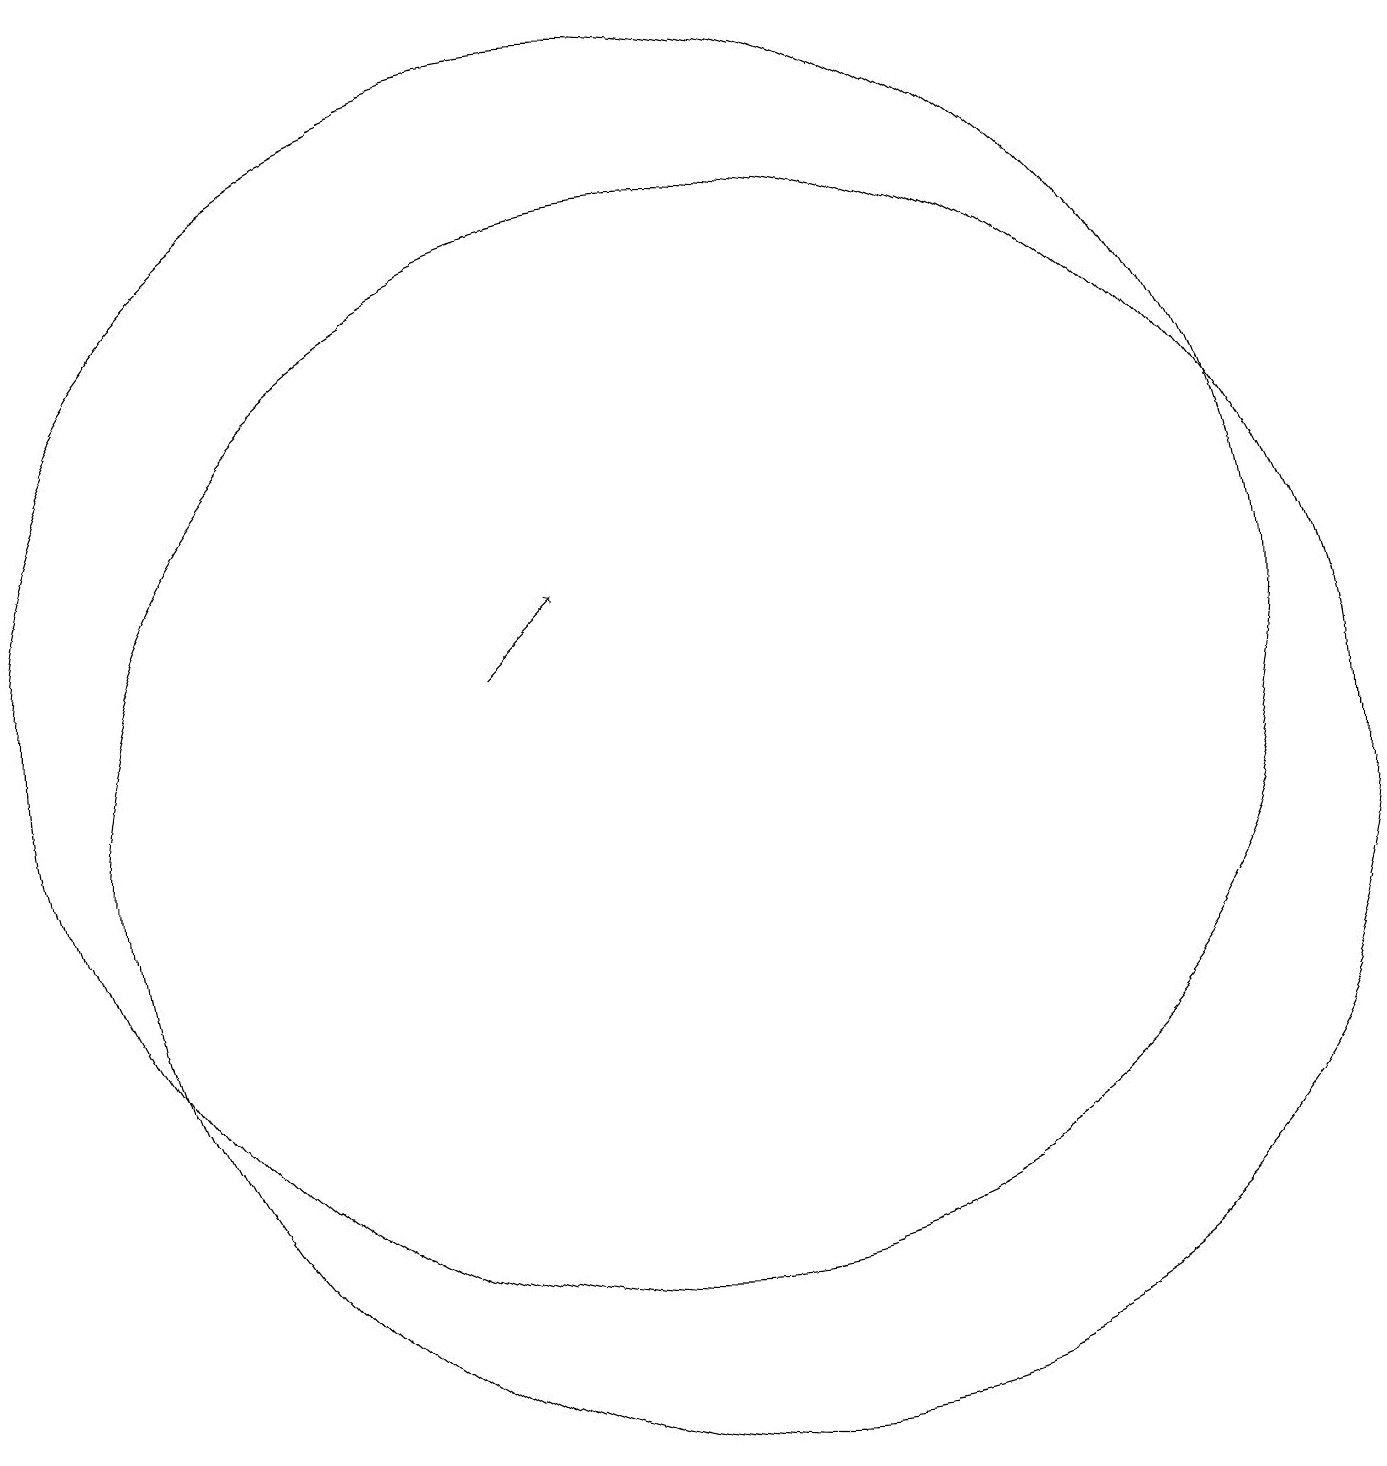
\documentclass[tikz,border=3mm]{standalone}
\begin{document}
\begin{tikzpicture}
\draw (11,10) circle (8);
\draw[->] (8,12) -- (9,13);
\draw (10,12) circle (8);
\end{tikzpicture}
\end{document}